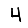
Digit: 4